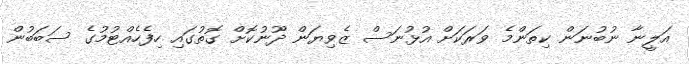
އަލީނާ ނުބުނަން ކިތަންމެ ވަރަކަށް އުޅުނަސް ޒެވިޔަން ދޫނުކޮށް ގޮތުގައި ހިފެހެއްޓުމުގެ ސަބަބުން